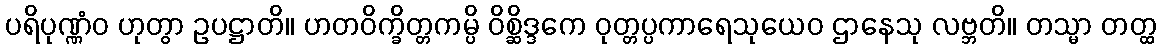
ပရိပုဏ္ဏံဝ ဟုတွာ ဥပဋ္ဌာတိ။ ဟတဝိက္ခိတ္တကမ္ပိ ဝိစ္ဆိဒ္ဒကေ ဝုတ္တပ္ပကာရေသုယေဝ ဌာနေသု လဗ္ဘတိ။ တသ္မာ တတ္ထ